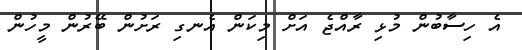
އެ ހިސާބުން މުޅި ރާއްޖެ އަށް މިކަން އެނގި ރަށުން ބޭރުން މީހުން